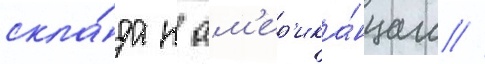
скла́да к ам'ер'ика́нцам /